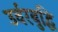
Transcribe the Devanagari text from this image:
उर्वरबुद्धि